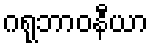
ဂရုဘာဝနီယာ